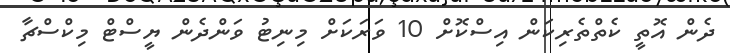
ދެން އޮތީ ކެތްތެރިކަން އިސްކޮށް 10 ވަރަކަށް މިނިޓު ވަންދެން ޔީސްޓް މިކްސްޗާ